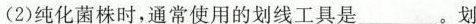
(2)纯化菌株时，通常使用的划线工具是___。划